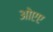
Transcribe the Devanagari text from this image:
ओएए